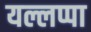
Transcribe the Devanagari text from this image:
यल्लप्पा